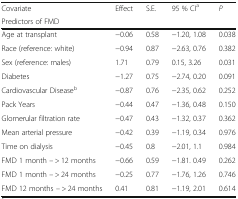
<table><thead><tr><td><b>Covariate</b></td><td><b>Effect</b></td><td><b>S.E.</b></td><td><b>95 % CI<sup>a</sup></b></td><td><b><i>P</i></b></td></tr><tr><td colspan="5"><b>Predictors of FMD</b></td></tr></thead><tbody><tr><td>Age at transplant</td><td>−0.06</td><td>0.58</td><td>−1.20, 1.08</td><td>0.038</td></tr><tr><td>Race (reference: white)</td><td>−0.94</td><td>0.87</td><td>−2.63, 0.76</td><td>0.382</td></tr><tr><td>Sex (reference: males)</td><td>1.71</td><td>0.79</td><td>0.15, 3.26</td><td>0.031</td></tr><tr><td>Diabetes</td><td>−1.27</td><td>0.75</td><td>−2.74, 0.20</td><td>0.091</td></tr><tr><td>Cardiovascular Disease<sup>b</sup></td><td>−0.87</td><td>0.76</td><td>−2.35, 0.62</td><td>0.252</td></tr><tr><td>Pack Years</td><td>−0.44</td><td>0.47</td><td>−1.36, 0.48</td><td>0.150</td></tr><tr><td>Glomerular filtration rate</td><td>−0.47</td><td>0.43</td><td>−1.32, 0.37</td><td>0.362</td></tr><tr><td>Mean arterial pressure</td><td>−0.42</td><td>0.39</td><td>−1.19, 0.34</td><td>0.976</td></tr><tr><td>Time on dialysis</td><td>−0.45</td><td>0.8</td><td>−2.01, 1.1</td><td>0.984</td></tr><tr><td>FMD 1 month -- &gt; 12 months</td><td>−0.66</td><td>0.59</td><td>−1.81. 0.49</td><td>0.262</td></tr><tr><td>FMD 1 month -- &gt; 24 months</td><td>−0.25</td><td>0.77</td><td>−1.76, 1.26</td><td>0.746</td></tr><tr><td>FMD 12 months -- &gt; 24 months</td><td>0.41</td><td>0.81</td><td>−1.19, 2.01</td><td>0.614</td></tr></tbody></table>